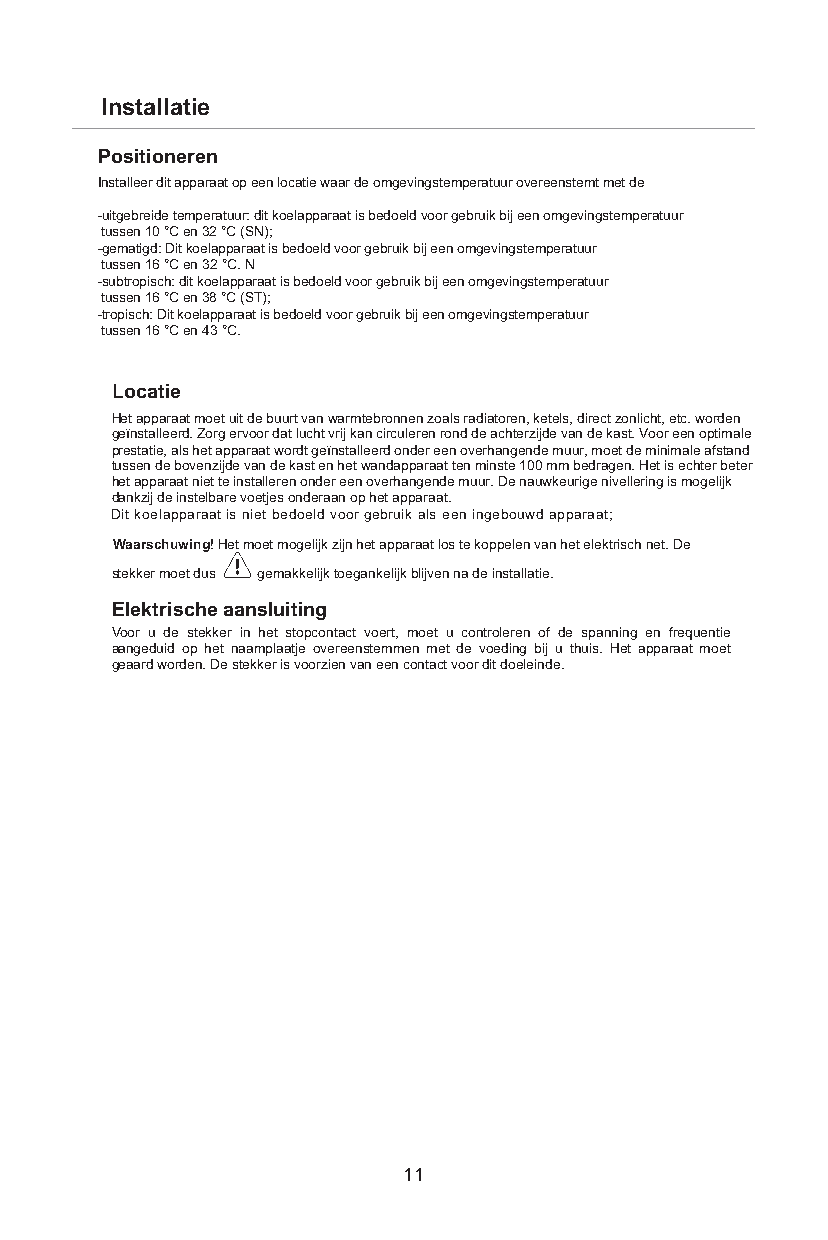
Installatie
 Positioneren
 Installeer dit apparaat op een locatie waar de omgevingstemperatuur overeenstemt met de
 klimaatklasse vermeld op het naamplaatje van het apparaat. voor koelapparaten met klimaatklasse:
 -uitgebreide temperatuur: dit koelapparaat is bedoeld voor gebruik bij een omgevingstemperatuur
 tussen 10 °C en 32 °C (SN);
 -gematigd: Dit koelapparaat is bedoeld voor gebruik bij een omgevingstemperatuur
 tussen 16 °C en 32 °C. N
 -subtropisch: dit koelapparaat is bedoeld voor gebruik bij een omgevingstemperatuur
 tussen 16 °C en 38 °C (ST);
 -tropisch: Dit koelapparaat is bedoeld voor gebruik bij een omgevingstemperatuur
 tussen 16 °C en 43 °C.
 Locatie
 Het apparaat moet uit de buurt van warmtebronnen zoals radiatoren, ketels, direct zonlicht, etc. worden
 geïnstalleerd. Zorg ervoor dat lucht vrij kan circuleren rond de achterzijde van de kast. Voor een optimale
 prestatie, als het apparaat wordt geïnstalleerd onder een overhangende muur, moet de minimale afstand
 tussen de bovenzijde van de kast en het wandapparaat ten minste 100 mm bedragen. Het is echter beter
 het apparaat niet te installeren onder een overhangende muur. De nauwkeurige nivellering is mogelijk
 dankzij de instelbare voetjes onderaan op het apparaat.
 Dit koelapparaat is niet bedoeld voor gebruik als een ingebouwd apparaat;
 Waarschuwing! Het moet mogelijk zijn het apparaat los te koppelen van het elektrisch net. De
 stekker moet dus gemakkelijk toegankelijk blijven na de installatie.
 Elektrische aansluiting
 Voor u de stekker in het stopcontact voert, moet u controleren of de spanning en frequentie
 aangeduid op het naamplaatje overeenstemmen met de voeding bij u thuis. Het apparaat moet
 geaard worden. De stekker is voorzien van een contact voor dit doeleinde.
 11